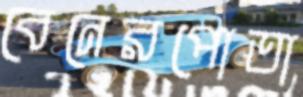
বেনেরপোতা